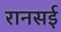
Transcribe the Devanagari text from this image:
रानसई